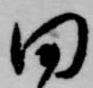
田